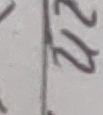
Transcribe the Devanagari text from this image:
रर